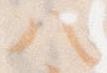
八